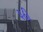
રૂઠી